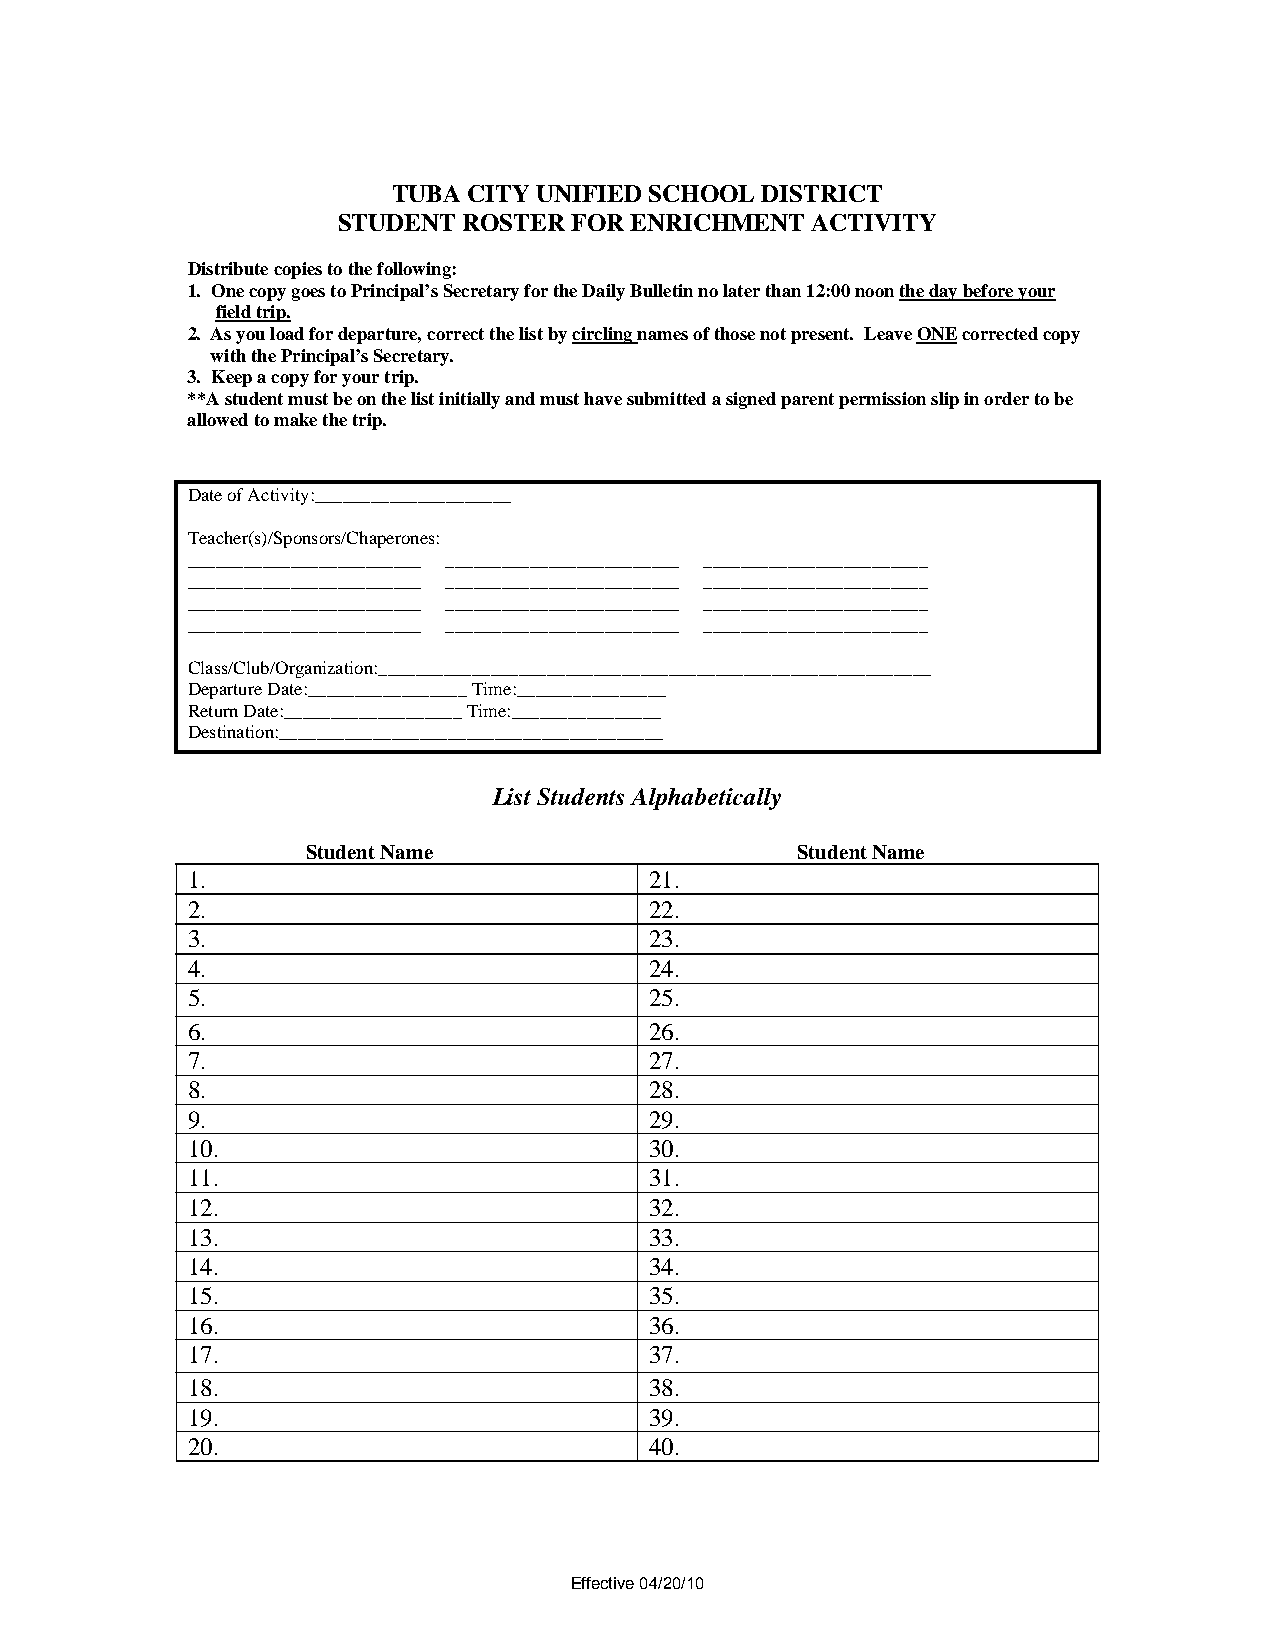
TUBA CITY UNIFIED SCHOOL DISTRICT
 STUDENT  ROSTER FOR ENRICHMENT  ACTIVITY
 Distribute copies to the following:
 1. One copy goes to Principal’s Secretary for the Daily Bulletin no later than 12:00 noon the day before your
 field trip.
 2. As you load for departure, correct the list by circling names of those not present. Leave ONE corrected copy
 with the Principal’s Secretary.
 3. Keep a copy for your trip.
 **A student must be on the list initially and must have submitted a signed parent permission slip in order to be
 allowed to make the trip.
 Date of Activity:_____________________
 Teacher(s)/Sponsors/Chaperones:
 _________________________ _________________________ ________________________
 _________________________ _________________________ ________________________
 _________________________ _________________________ ________________________
 _________________________ _________________________ ________________________
 Class/Club/Organization:___________________________________________________________
 Departure Date:_________________ Time:________________
 Return Date:___________________ Time:________________
 Destination:_________________________________________
 List Students Alphabetically
 Student Name                     Student Name
 1.                             21.
 2.                             22.
 3.                             23.
 4.                             24.
 5.                             25.
 6.                             26.
 7.                             27.
 8.                             28.
 9.                             29.
 10.                            30.
 11.                            31.
 12.                            32.
 13.                            33.
 14.                            34.
 15.                            35.
 16.                            36.
 17.                            37.
 18.                            38.
 19.                            39.
 20.                            40.
 Effective 04/20/10